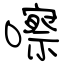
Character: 嚓